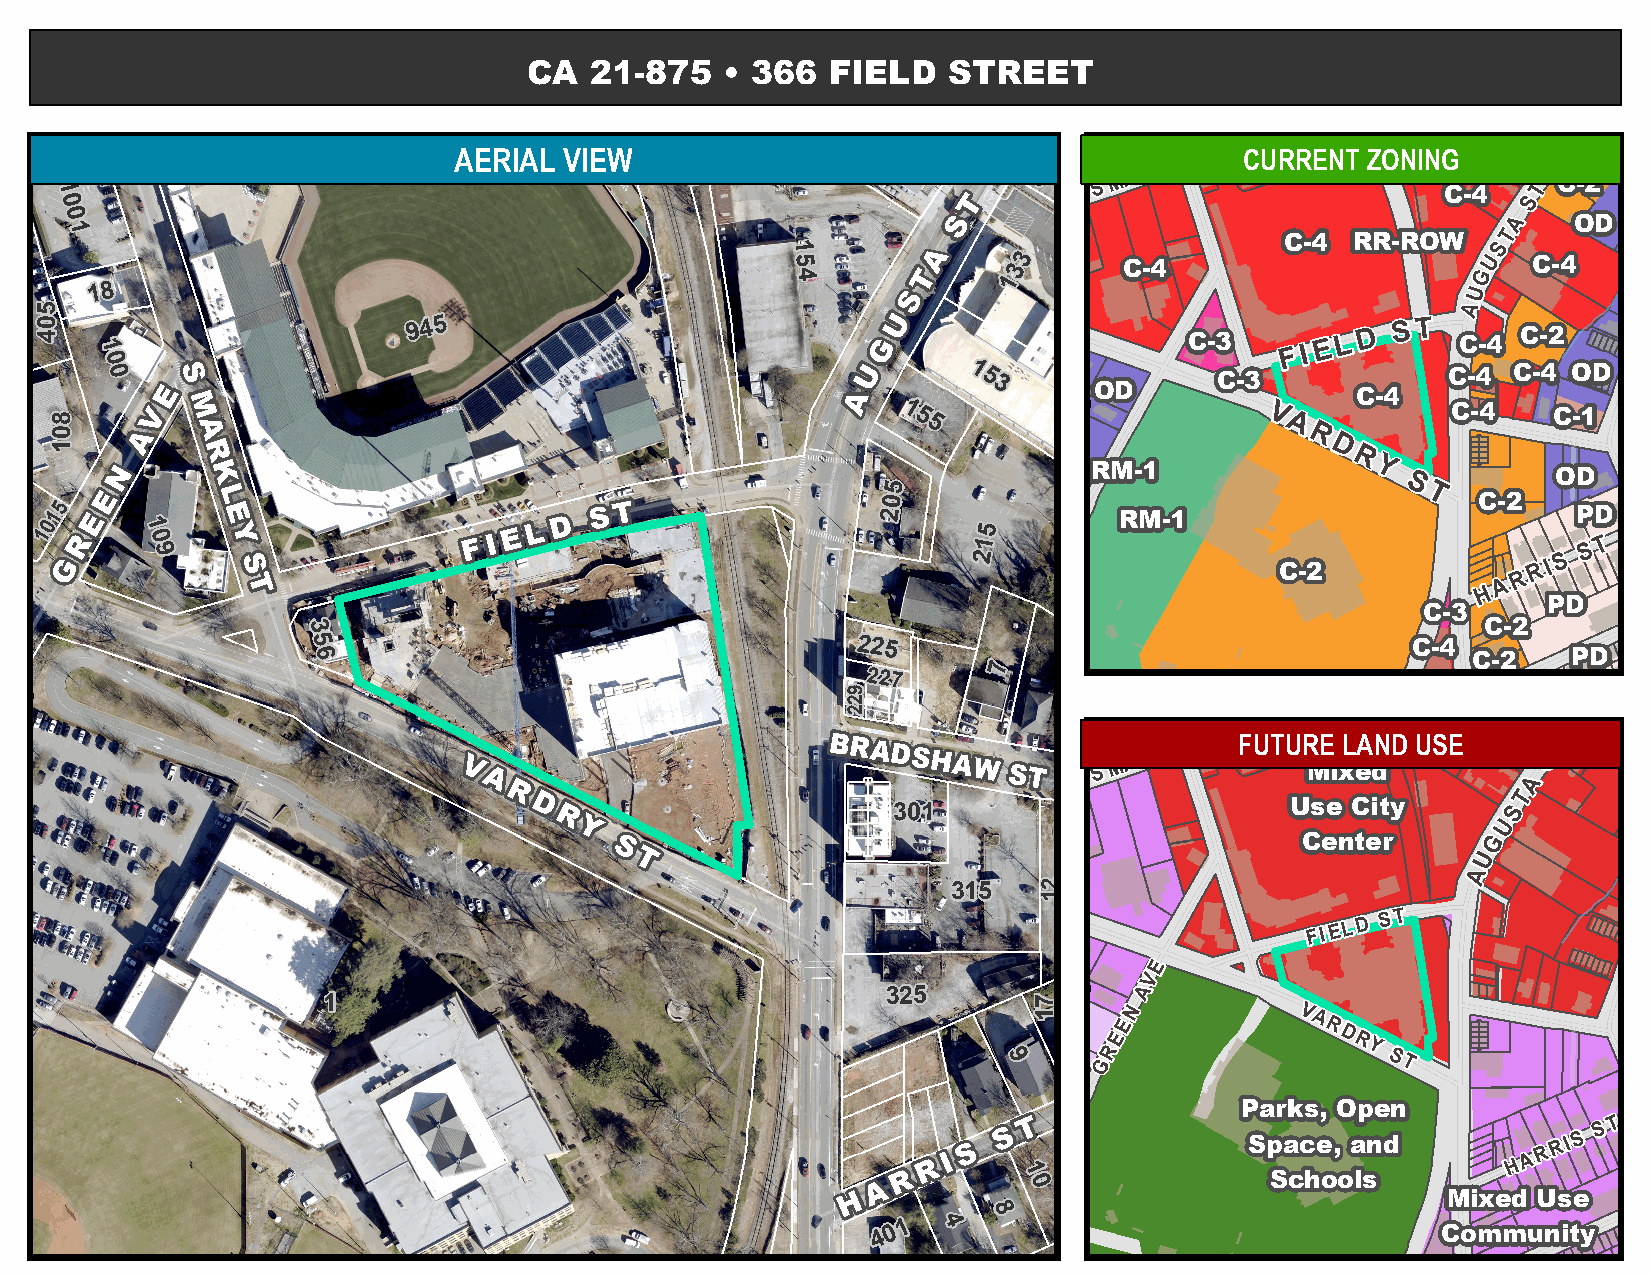
1                          AERIAL VIEW    9 1 1       1 2 6           S M AIN S T CURRENT ZONING   T
 0                                                                                                 S
 0                                                                                               A
 1                                                                                               T
 1                                              S
 5               3                              U
 3
 4              1                              G
 18                                                                                         U
 A
 945                                                              S T
 D
 1 0                                                                            F I E L
 0                                                        1 5
 3
 1 5                     V
 5                       A
 R
 D
 R
 Y
 5                                 S
 0                                  T
 5
 1                                                       2
 0     1                                                       5
 1     0                                                       1                                        T
 9                                                      2                                     S S
 R I
 R
 A
 H
 3
 5
 6
 225
 7
 227
 S
 M
 AIN S T FUTURE LAND USE    ST
 A
 T
 301                                      S
 U
 G
 U
 A
 315
 F I
 EL D S T
 E
 V
 325              A 1
 N          V
 E           A R
 E             D R
 R                Y
 9      G                  ST
 R I S
 S T
 R
 A
 H
 1
 0
 8
 4 0 1 4
 504
 801
 922
 311
 21
 71